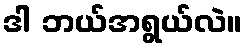
ဒါ ဘယ်အရွယ်လဲ။